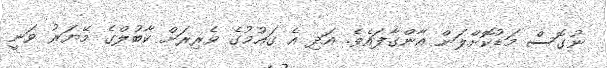
ނުގޮސް މަޑުކޮށްލަން އާންގާފައެވެ. އަދި އެ ގައުމުގެ ވެރިރަށް ކާބުލްގެ މޭޔަރު ވަނީ